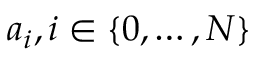
a _ { i } , i \in \{ 0 , \dots , N \}